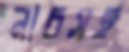
নাচসহ